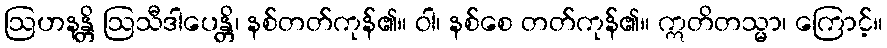
ဩဟနန္တိ ဩသီဒါပေန္တိ၊ နစ်တတ်ကုန်၏။ ဝါ၊ နစ်စေ တတ်ကုန်၏။ ဣတိတသ္မာ၊ ကြောင့်။